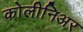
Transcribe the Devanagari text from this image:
कोलीनिअर